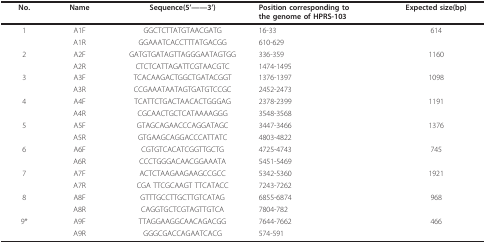
<table><thead><tr><td><b>No.</b></td><td><b>Name</b></td><td><b>Sequence(5&#x27;----3&#x27;)</b></td><td><b>Position corresponding to the genome of HPRS-103</b></td><td><b>Expected size(bp)</b></td></tr></thead><tbody><tr><td>1</td><td>A1F</td><td>GGCTCTTATGTAACGATG</td><td>16-33</td><td>614</td></tr><tr><td></td><td>A1R</td><td>GGAAATCACCTTTATGACGG</td><td>610-629</td><td></td></tr><tr><td>2</td><td>A2F</td><td>GATGTGATAGTTAGGGAATAGTGG</td><td>336-359</td><td>1160</td></tr><tr><td></td><td>A2R</td><td>CTCTCATTAGATTCGTAACGTC</td><td>1474-1495</td><td></td></tr><tr><td>3</td><td>A3F</td><td>TCACAAGACTGGCTGATACGGT</td><td>1376-1397</td><td>1098</td></tr><tr><td></td><td>A3R</td><td>CCGAAATAATAGTGATGTCCGC</td><td>2452-2473</td><td></td></tr><tr><td>4</td><td>A4F</td><td>TCATTCTGACTAACACTGGGAG</td><td>2378-2399</td><td>1191</td></tr><tr><td></td><td>A4R</td><td>CGCAACTGCTCATAAAAGGG</td><td>3548-3568</td><td></td></tr><tr><td>5</td><td>A5F</td><td>GTAGCAGAACCCAGGATAGC</td><td>3447-3466</td><td>1376</td></tr><tr><td></td><td>A5R</td><td>GTGAAGCAGGACCCATTATC</td><td>4803-4822</td><td></td></tr><tr><td>6</td><td>A6F</td><td>CGTGTCACATCGGTTGCTG</td><td>4725-4743</td><td>745</td></tr><tr><td></td><td>A6R</td><td>CCCTGGGACAACGGAAATA</td><td>5451-5469</td><td></td></tr><tr><td>7</td><td>A7F</td><td>ACTCTAAGAAGAAGCCGCC</td><td>5342-5360</td><td>1921</td></tr><tr><td></td><td>A7R</td><td>CGA TTCGCAAGT TTCATACC</td><td>7243-7262</td><td></td></tr><tr><td>8</td><td>A8F</td><td>GTTTGCCTTGCTTGTCATAG</td><td>6855-6874</td><td>968</td></tr><tr><td></td><td>A8R</td><td>CAGGTGCTCGTAGTTGTCA</td><td>7804-782</td><td></td></tr><tr><td>9*</td><td>A9F</td><td>TTAGGAAGGCAACAGACGG</td><td>7644-7662</td><td>466</td></tr><tr><td></td><td>A9R</td><td>GGGCGACCAGAATCACG</td><td>574-591</td><td></td></tr></tbody></table>